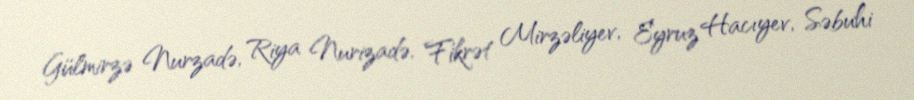
Gülmirzə Nurzadə, Riya Nurizadə, Fikrət Mirzəliyev, Eyruz Hacıyev, Səbuhi